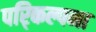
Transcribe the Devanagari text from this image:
परि्कल्पना